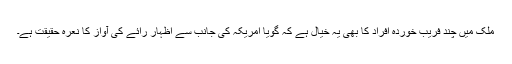
ملک میں چند فریب خوردہ افراد کا بھی یہ خیال ہے کہ گویا امریکہ کی جانب سے اظہار رائے کی آواز کا نعرہ حقیقت ہے۔